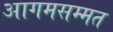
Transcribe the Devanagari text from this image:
आगमसम्मत